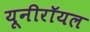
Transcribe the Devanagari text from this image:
यूनीरॉयल